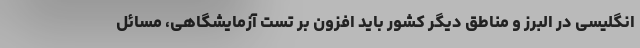
انگلیسی در البرز و مناطق دیگر کشور باید افزون بر تست آزمایشگاهی، مسائل